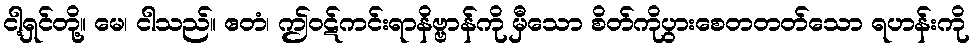
ငါ့ရှင်တို့။ မေ၊ ငါသည်။ ဧတံ၊ ဤဝဋ်ကင်းရာနိဗ္ဗာန်ကို မှီသော စိတ်ကိုပွားစေတတတ်သော ရဟန်းကို